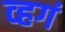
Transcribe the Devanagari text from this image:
व्हगं